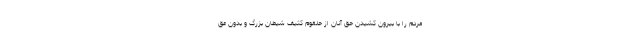
مردم را با بیرون کشیدن حق آنان از حلقوم کثیف شیطان بزرگ و بدون عق